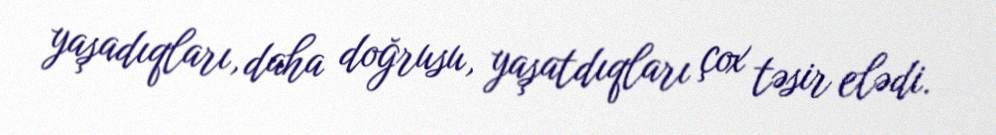
yaşadıqları, daha doğrusu, yaşatdıqları çox təsir elədi.